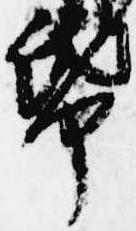
紙